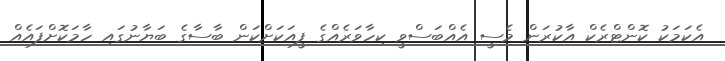
އެކަމަކު ކޮންޓްރެކް އާކުރަން މެސީ އެއްބަސްވީ ކިހާވަރެއްގެ ފީއަކަށްކަން ބާސާގެ ބަޔާނުގައި ހާމަކޮށްފައެއް